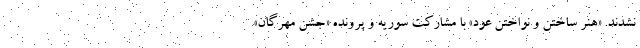
نشدند. «هنر ساختن و نواختن عود» با مشارکت سوریه و پرونده «جشن مهرگان»